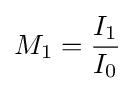
M_{1}={\frac {I_{1}}{I_{0}}}